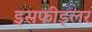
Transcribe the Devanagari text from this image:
इसफीड्लर